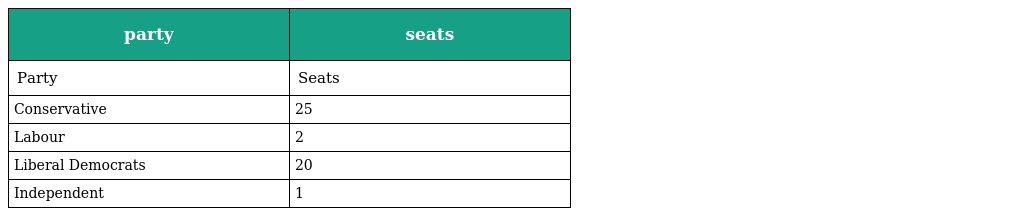
| party | seats |
 | --- | --- |
 | Party | Seats |
 | Conservative | 25 |
 | Labour | 2 |
 | Liberal Democrats | 20 |
 | Independent | 1 |